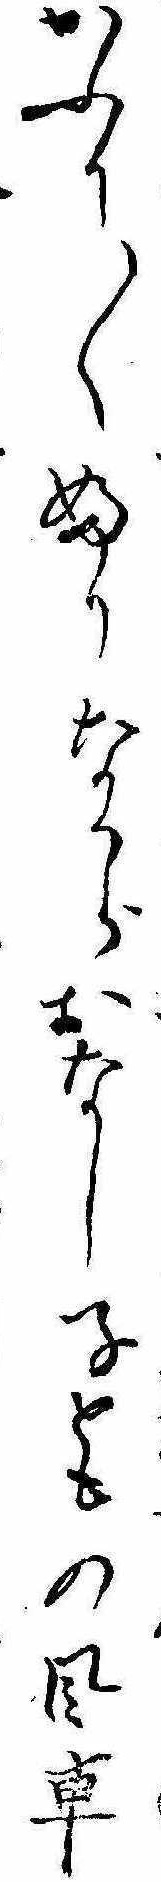
かふり〱ふりなからおなし子ともの風車